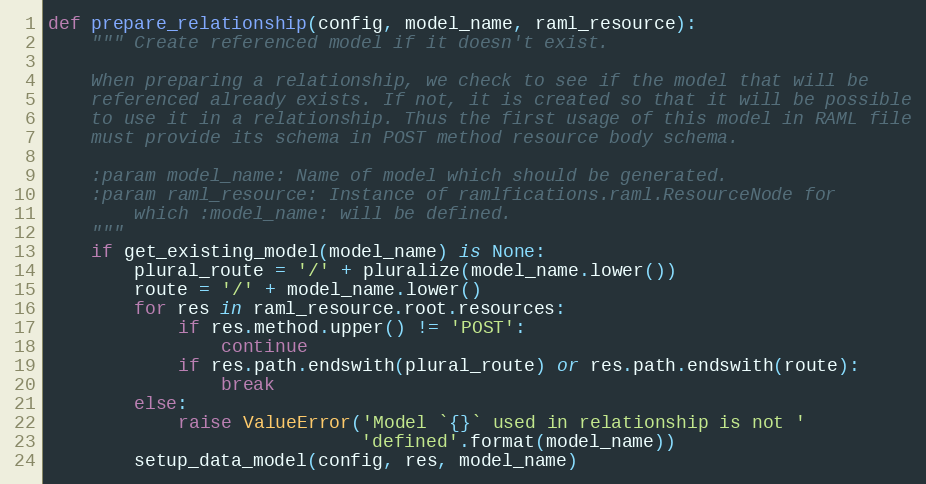
Language: Python
def prepare_relationship(config, model_name, raml_resource):
    """ Create referenced model if it doesn't exist.

    When preparing a relationship, we check to see if the model that will be
    referenced already exists. If not, it is created so that it will be possible
    to use it in a relationship. Thus the first usage of this model in RAML file
    must provide its schema in POST method resource body schema.

    :param model_name: Name of model which should be generated.
    :param raml_resource: Instance of ramlfications.raml.ResourceNode for
        which :model_name: will be defined.
    """
    if get_existing_model(model_name) is None:
        plural_route = '/' + pluralize(model_name.lower())
        route = '/' + model_name.lower()
        for res in raml_resource.root.resources:
            if res.method.upper() != 'POST':
                continue
            if res.path.endswith(plural_route) or res.path.endswith(route):
                break
        else:
            raise ValueError('Model `{}` used in relationship is not '
                             'defined'.format(model_name))
        setup_data_model(config, res, model_name)